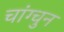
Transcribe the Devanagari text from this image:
चांग्चुन